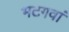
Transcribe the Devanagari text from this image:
भटगवां